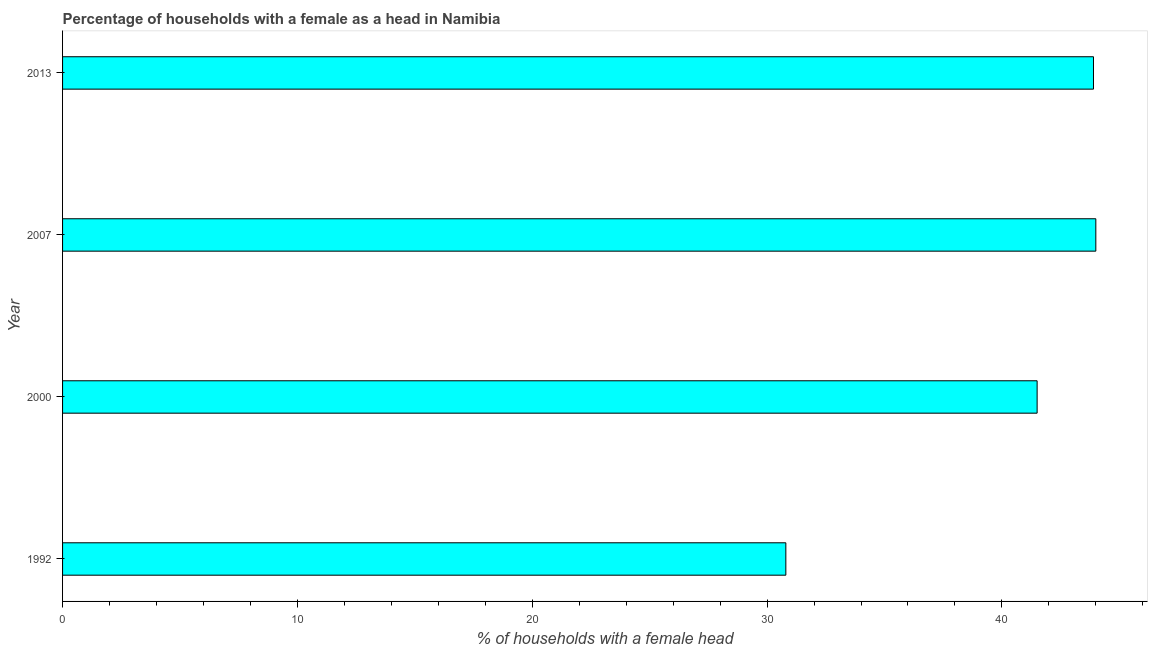
| Year | Female headed households |
 | --- | --- |
 | 1992 | 30.8 |
 | 2000 | 41.5 |
 | 2007 | 44 |
 | 2013 | 43.9 |